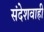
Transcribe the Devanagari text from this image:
संदेशवाही